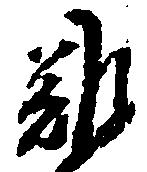
難